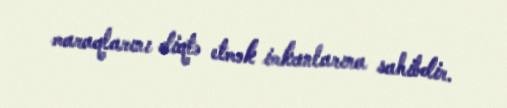
maraqlarını diqtə etmək imkanlarına sahibdir.